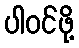
ပါဝင်ဖို့